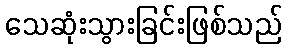
သေဆုံးသွားခြင်းဖြစ်သည်